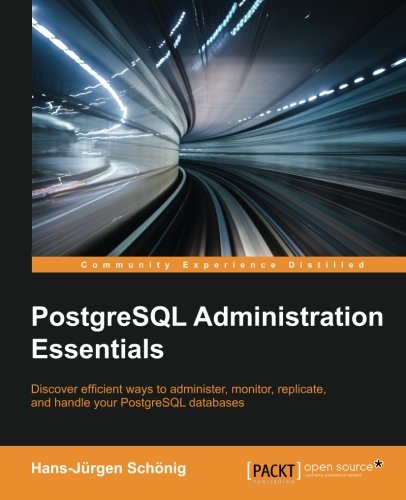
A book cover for PostgreSQL Administration Essentials; Hans-Jurgen Schonig; Computers & Technology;